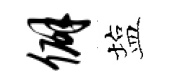
僻塩